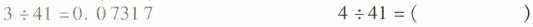
$$3 \div 4 1 = 0 . \dot { 0 } 7 3 1 \dot { 7 }$$ $$4 \div 4 1 = ( )$$